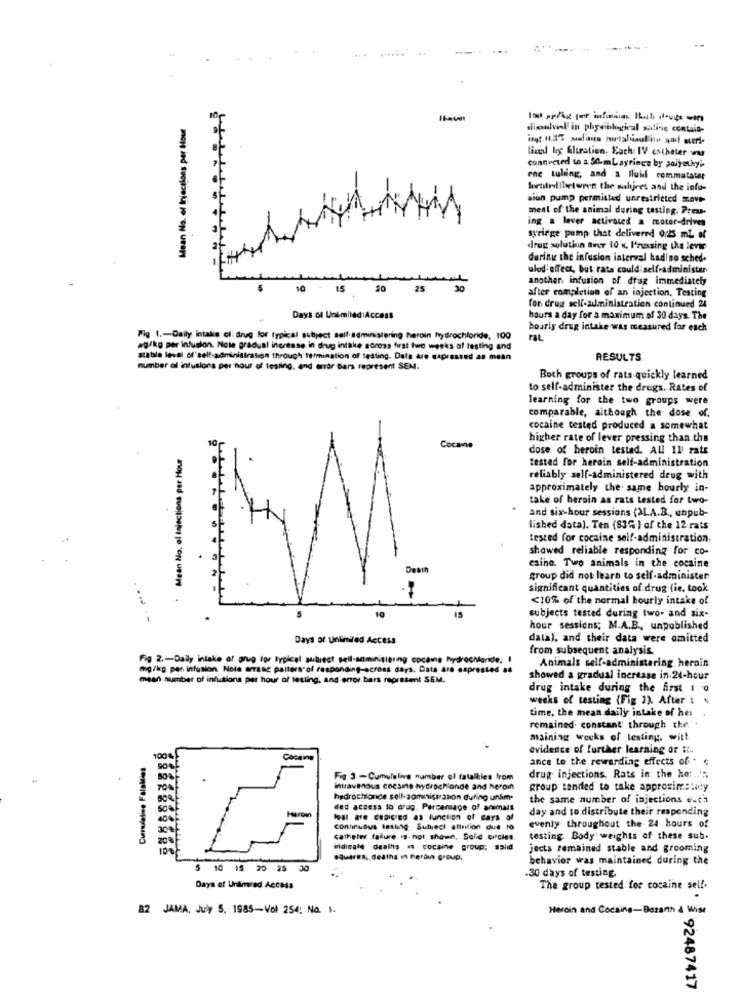
......
Mean No. el Injections per Hour
dionhvad in physiological stine contais-
lived by Eltration. Each IV entheter nu
connected to a 50-mLayrings by polyethy'
ene tubing, and a fluid commatater
Seestrellbetween the subject and the info-
sion pump permitted unrestricted move-
ment of the animal during testing. Press-
ing a lever activated a motor-driven
syriege pump that delivered 0:25 mL of
drug solution aver 10 x, P'zasing the lever
during the infusion interval hadino sched-
ulodieffect, but rats could self-administer
angthen infusion of drug immediately
10 - 15 20 25
30
after completion of an injection, Testing
Ton drust self-administration continued 24
Days of Unimiled Access
hours a day for a maximum of 30 days. The
hourly drug intake was measured for each
Fig 1 .- Daily intake of: Brug for typical subject sell-administering heroin hydrochloride, 100
raL
ag/kg per infusion. Nole gradual increase in drug intake across first two weeks of lesting and
stable level of"self-administration through termination of testing. Data are capressed as mean
RESULTS
number al infusions per hour of Testing, and enor Bars represent SEM.
Both groups of rats quickly learned
to self-administer the drugs. Rates of
learning for the two groups were
comparable, although the dose of.
cocaine cested produced a somewhat
higher rate of lever pressing than.the
Mean No. ol Injections per Hour
Cocame
dose of heroin tested. All 11 rats
tested for heroin self-administration
reliably self-administered drug with
approximately the same hourly in-
take of heroin as rats Lested for two-
and six-hour sessions (ALA.B ., unpub-
lished data). Ten (83% } of the 12 rats
tested for cocaine self-administration,
showed reliable responding for co-
Death
esinc. Two animals in the cocaine
group did not learn to self-administen
significant quantities of drug fie, took
<10% of the normal hourly intake of
10
--- --
subjects tested during two- and six-
hour sessions; M.A.B ., unpublished
Days of Unlimited Access
data), and their data were omitted
from subsequent analysis.
Fig 2 .- Daily intake of gnug for typical subiect sell-administering cocaine hydroch
Animals self-administering. heroin
mg/kg per infusion Note arrasc palters of responding-across days. Data 410 espre
mean number of infusions per hour of testing, and'error bars represent SEM.
showed a gradual increase in.24-hour
drug intake during the arst 1 0
weeks of testing {Fig 3). After :
time, the mean daily intake of her .
remained. constant through the. .
maining weeks of testing, with
evidence of further learning or it-
Cumulative FalaMies
Cocaine
ance to the rewarding effects of ¢
Fig. 3 .- Cumulalive number of tatalkies from
drug injections. Rats in: the he: ....
Intravenous coesine nycrochionde and heroin
group tended to take approximately
hydrochloride sell-aoministrason during unlim.
the same number of injections eut'a
ded access lo drug. Percentage of animals
day and to distribute their responding
eventy throughout the 24 hours of
continuous testing Subject atinilion due to
Catheter failure is. not shown, Solid circles
testing. Body weights of these sub-
Indicate deaths n cocaine group: salid
jects remained stable and grooming
Squares, deaths in Feram group.
behavior was maintained during the
10 15 20 25 30
-30 days of testing.
Days of Unimed Accada
The group tested for cocaine self-
82 JAMA, July 5. 1985-Vol 254: Na. 1.
Heroin and Cocaing-Bozarth & Wise
92487417